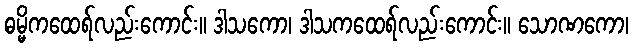
ဓမ္မိကထေရ်လည်းကောင်း။ ဒါသကော၊ ဒါသကထေရ်လည်းကောင်း။ သောဏကော၊